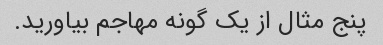
پنج مثال از یک گونه مهاجم بیاورید.